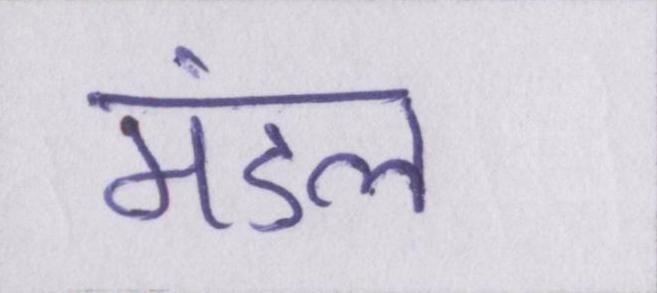
मंडल